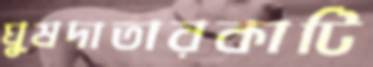
ঘুষদাতারকাটি